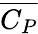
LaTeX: \overline{{C_{P}}}